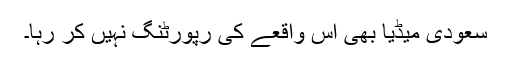
سعودی میڈیا بھی اس واقعے کی رپورٹنگ نہیں کر رہا۔